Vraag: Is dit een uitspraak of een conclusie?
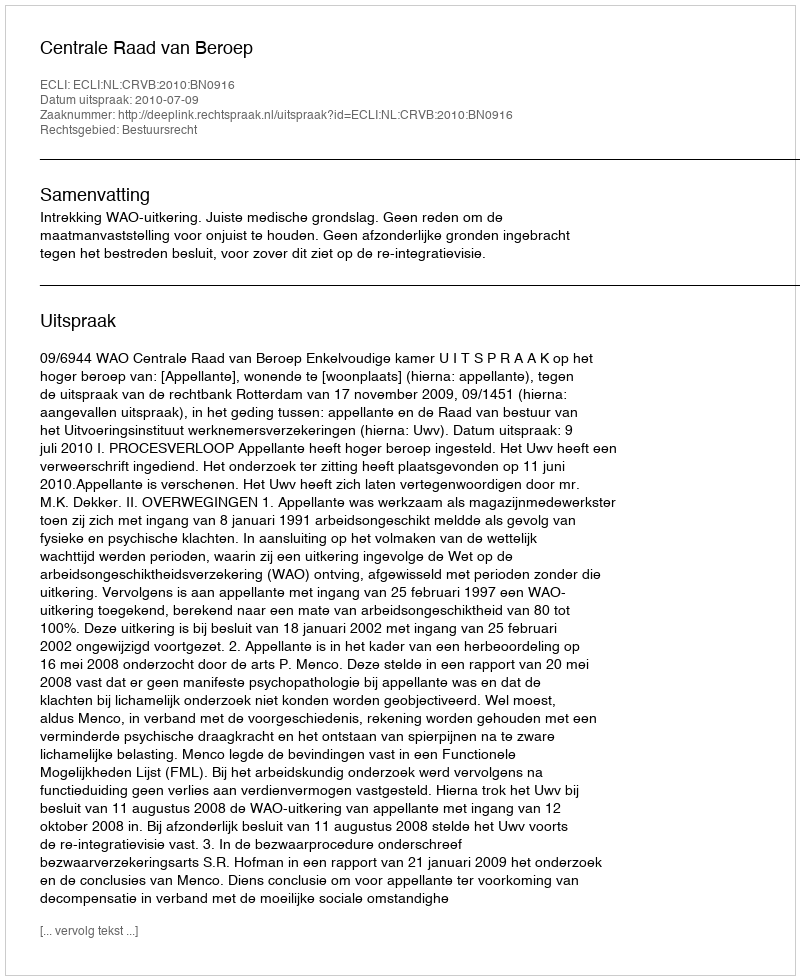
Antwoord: Uitspraak